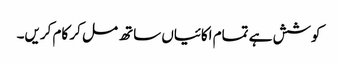
کوشش ہے تمام اکائیاں ساتھ مل کر کام کریں۔